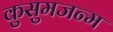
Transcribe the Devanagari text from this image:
कुसुमजन्म